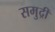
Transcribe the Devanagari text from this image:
समुद्रीं